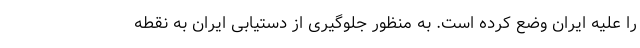
را علیه ایران وضع کرده است. به منظور جلوگیری از دستیابی ایران به نقطه